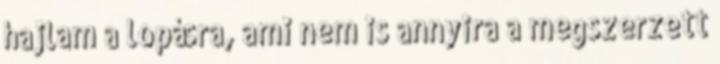
hajlam a lopásra, ami nem is annyira a megszerzett